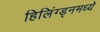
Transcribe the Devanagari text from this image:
हिलिंग्ड्नमध्ये